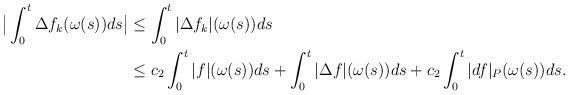
LaTeX: \begin{align*} \big|\int_0^t \Delta f_k(\omega(s))ds\big| &\leq \int_0^t |\Delta f_k|(\omega(s))ds\\&\leq c_2 \int_0^t | f|(\omega(s))ds+\int_0^t |\Delta f|(\omega(s))ds+c_2 \int_0^t |d f|_P(\omega(s))ds.\end{align*}